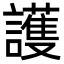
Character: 護